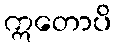
ဣတောပိ